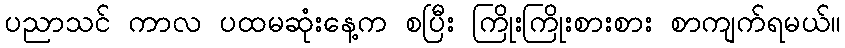
ပညာသင် ကာလ ပထမဆုံးနေ့က စပြီး ကြိုးကြိုးစားစား စာကျက်ရမယ်။